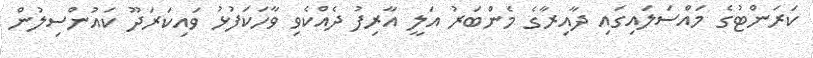
ކަރަންޓުގެ މައްސަލައިގައި ދާއިރާގެ މެންބަރު އަލީ އާރިފު ދެއްކެވި ވާހަކަފުޅު ވައިކަރަދޫ ކައުންސިލުން